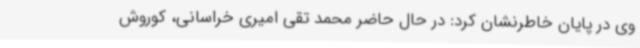
وی در پایان خاطرنشان کرد: در حال حاضر محمد تقی امیری خراسانی، کوروش